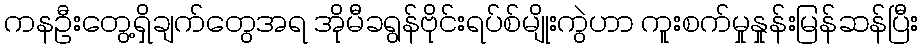
ကနဦးတွေ့ရှိချက်တွေအရ အိုမီခရွန်ဗိုင်းရပ်စ်မျိုးကွဲဟာ ကူးစက်မှုနှုန်းမြန်ဆန်ပြီး